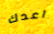
اعدك